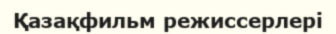
Қазақфильм режиссерлері